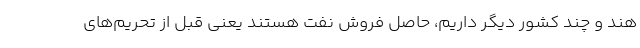
هند و چند کشور دیگر داریم، حاصل فروش نفت هستند یعنی قبل از تحریم‌های